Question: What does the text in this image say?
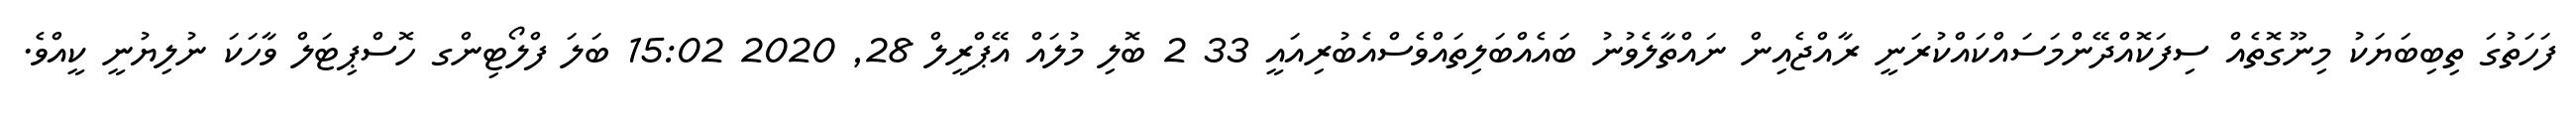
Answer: ފަހަތުގަ ތިބިބަޔަކު މިނޫގޮތެއް ސިފަކޮއްދޭންމަސައްކައްކުރަނީ ރާއްޖެއިން ނައްތާލެވުނު ބައެއްބަލިތައްވެސްއެބުރިއައީ 33 2 ބޮލި މުލައް އޭޕްރީލް 28, 2020 15:02 ބަލަ ފްލޯޓިންގ ހޮސްޕިޓަލް ވާހަކަ ނުލިޔުނީ ކީއްވެ.